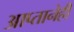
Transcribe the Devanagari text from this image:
आप्तानेही